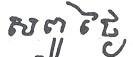
សពូ ថ្ងៃ